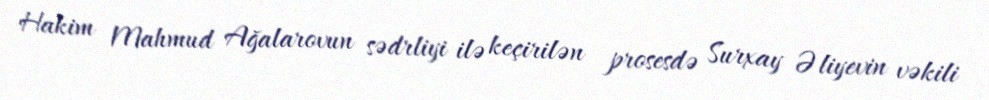
Hakim Mahmud Ağalarovun sədrliyi ilə keçirilən prosesdə Surxay Əliyevin vəkili